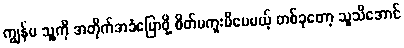
ကျွန်မ သူ့ကို အတိုက်အခံပြောဖို့ စိတ်မကူးမိပေမယ့် တစ်ခုတော့ သူသိအောင်